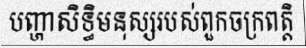
បញ្ហាសិទ្ធិមនុស្សរបស់ពួកចក្រពត្តិ